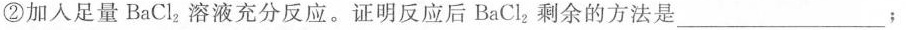
②加入足量BaCl_{2} 溶液充分反应。证明反应后BaCl_{2} 剩余的方法是___；